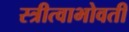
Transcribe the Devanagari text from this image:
स्त्रीत्वाभोवती